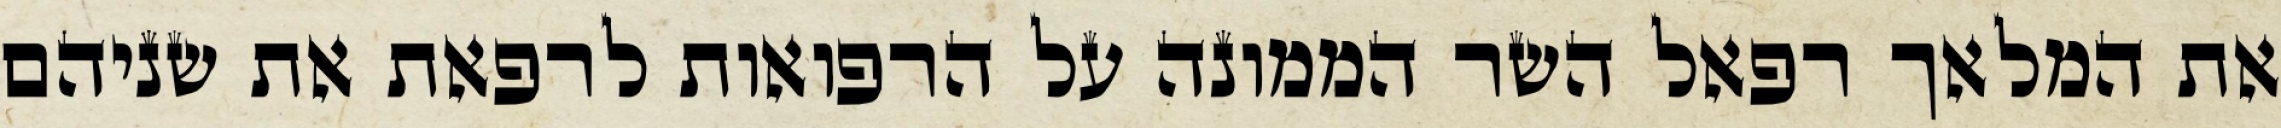
את המלאך רפאל השר הממונה על הרפואות לרפאת את שניהם